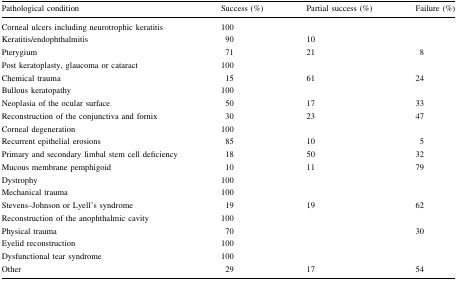
<table><thead><tr><td><b>Pathological condition</b></td><td><b>Success (%)</b></td><td><b>Partial success (%)</b></td><td><b>Failure (%)</b></td></tr></thead><tbody><tr><td>Corneal ulcers including neurotrophic keratitis</td><td>100</td><td>[EMPTY_CELL]</td><td>[EMPTY_CELL]</td></tr><tr><td>Keratitis/endophthalmitis</td><td>90</td><td>10</td><td>[EMPTY_CELL]</td></tr><tr><td>Pterygium</td><td>71</td><td>21</td><td>8</td></tr><tr><td>Post keratoplasty, glaucoma or cataract</td><td>100</td><td>[EMPTY_CELL]</td><td>[EMPTY_CELL]</td></tr><tr><td>Chemical trauma</td><td>15</td><td>61</td><td>24</td></tr><tr><td>Bullous keratopathy</td><td>100</td><td>[EMPTY_CELL]</td><td>[EMPTY_CELL]</td></tr><tr><td>Neoplasia of the ocular surface</td><td>50</td><td>17</td><td>33</td></tr><tr><td>Reconstruction of the conjunctiva and fornix</td><td>30</td><td>23</td><td>47</td></tr><tr><td>Corneal degeneration</td><td>100</td><td>[EMPTY_CELL]</td><td>[EMPTY_CELL]</td></tr><tr><td>Recurrent epithelial erosions</td><td>85</td><td>10</td><td>5</td></tr><tr><td>Primary and secondary limbal stem cell deficiency</td><td>18</td><td>50</td><td>32</td></tr><tr><td>Mucous membrane pemphigoid</td><td>10</td><td>11</td><td>79</td></tr><tr><td>Dystrophy</td><td>100</td><td>[EMPTY_CELL]</td><td>[EMPTY_CELL]</td></tr><tr><td>Mechanical trauma</td><td>100</td><td>[EMPTY_CELL]</td><td>[EMPTY_CELL]</td></tr><tr><td>Stevens–Johnson or Lyell’s syndrome</td><td>19</td><td>19</td><td>62</td></tr><tr><td>Reconstruction of the anophthalmic cavity</td><td>100</td><td>[EMPTY_CELL]</td><td>[EMPTY_CELL]</td></tr><tr><td>Physical trauma</td><td>70</td><td>[EMPTY_CELL]</td><td>30</td></tr><tr><td>Eyelid reconstruction</td><td>100</td><td>[EMPTY_CELL]</td><td>[EMPTY_CELL]</td></tr><tr><td>Dysfunctional tear syndrome</td><td>100</td><td>[EMPTY_CELL]</td><td>[EMPTY_CELL]</td></tr><tr><td>Other</td><td>29</td><td>17</td><td>54</td></tr></tbody></table>